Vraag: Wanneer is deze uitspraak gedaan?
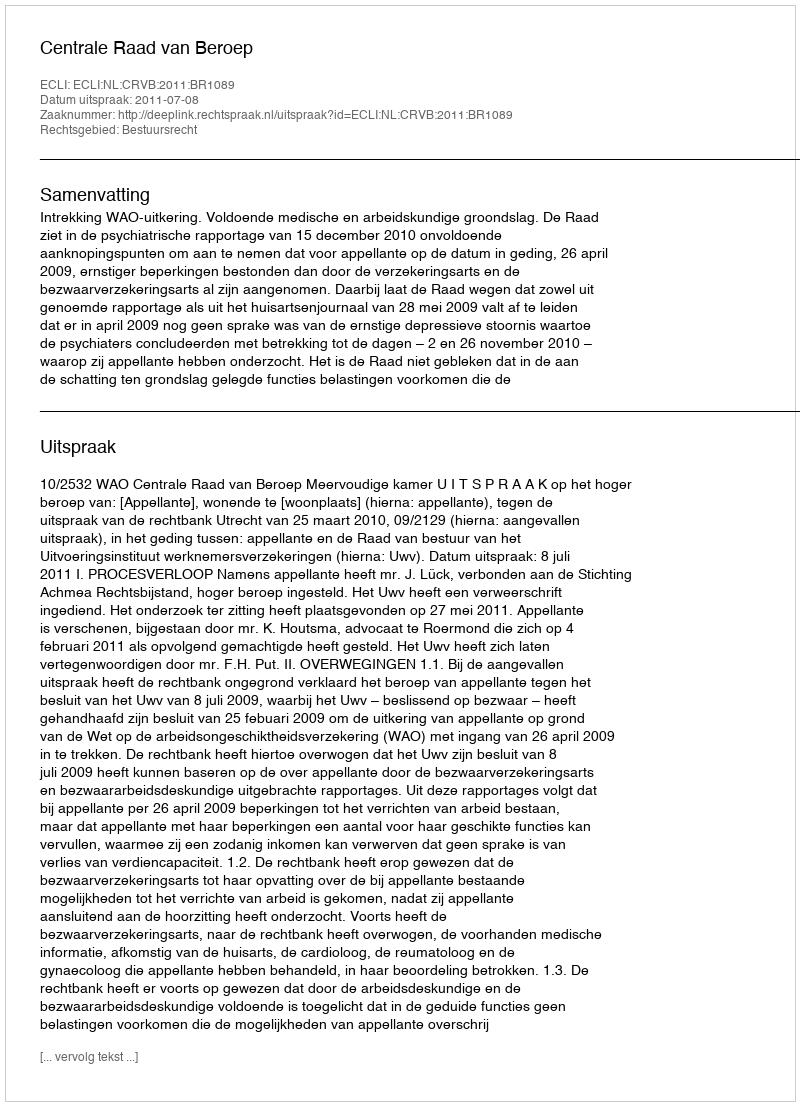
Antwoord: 2011-07-08